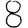
Digit: 8